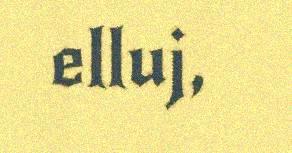
elluj,